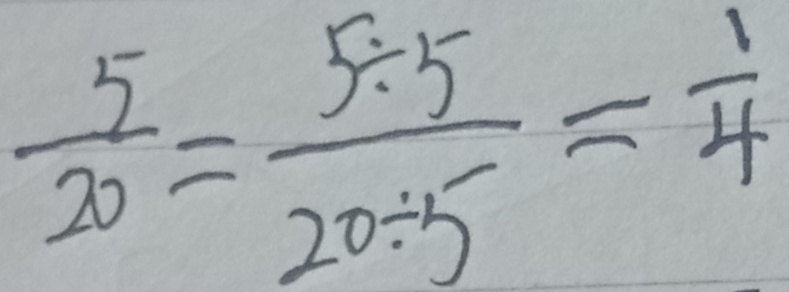
\frac { 5 } { 2 0 } = \frac { 5 \div 5 } { 2 0 \div 5 } = \frac { 1 } { 4 }